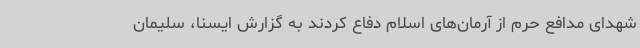
شهدای مدافع حرم از آرمان‌های اسلام دفاع کردند به گزارش ایسنا، سلیمان